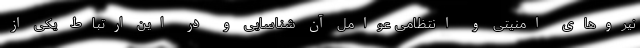
نیرو‌های امنیتی و انتظامی عوامل آن شناسایی و در این ارتباط یکی از